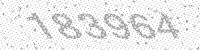
Solution: 183964